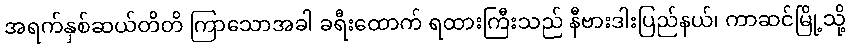
အရက်နှစ်ဆယ်တိတိ ကြာသောအခါ ခရီးထောက် ရထားကြီးသည် နီဗားဒါးပြည်နယ်၊ ကာဆင်မြို့သို့